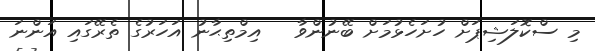
މި ސްކޮލަޝިޕަށް ހުށަހެޅުމަށް ބޭނުންވާ   އިމްތިޙާނު އަހަރުގެ ތެރޭގައި އަންނަ